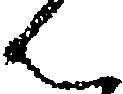
ん